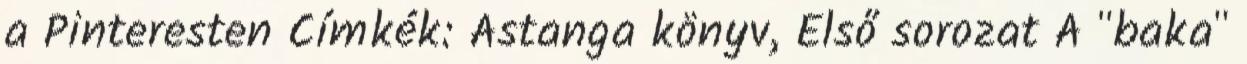
a Pinteresten Címkék: Astanga könyv, Első sorozat A "baka"